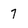
Character: 7